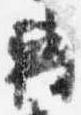
転